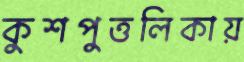
কুশপুত্তলিকায়